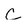
Character: C